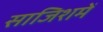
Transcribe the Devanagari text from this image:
साजिशमें